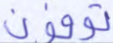
توفون